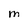
Character: M